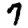
Digit: 7